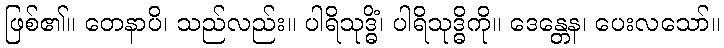
ဖြစ်၏။ တေနာပိ၊ သည်လည်း။ ပါရိသုဒ္ဓိံ၊ ပါရိသုဒ္ဓိကို။ ဒေန္တေန၊ ပေးလသော်။